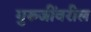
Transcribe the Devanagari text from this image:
गुरुजींवरील